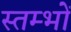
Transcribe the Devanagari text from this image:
स्‍तम्‍भों